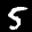
Label: 5